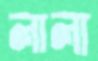
লালা